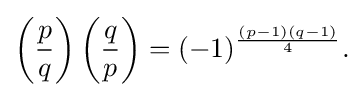
{\left({p \over q}\right)\left({q \over p}\right)=(-1)^{\frac {(p-1)(q-1)}{4}}.}